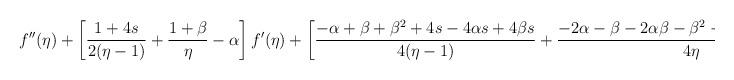
LaTeX: \begin{align*}f''(\eta)&+\left[\frac{1+4s}{2(\eta-1)}+\frac{1+\beta}{\eta}-\alpha\right]f'(\eta)+\left[\frac{-\alpha+\beta+\beta^2+4s-4\alpha s+4\beta s }{4 (\eta-1)}+\frac{-2\alpha-\beta-2\alpha\beta-\beta^2-4s-4\beta s+\alpha^2}{4 \eta}\right]f(\eta)=0\end{align*}